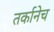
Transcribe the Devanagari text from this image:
तर्कानेच